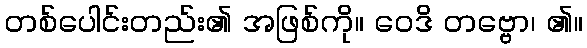
တစ်ပေါင်းတည်း၏ အဖြစ်ကို။ ဝေဒိ တဗ္ဗော၊ ၏။